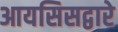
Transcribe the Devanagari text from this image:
आयसिसद्वारे